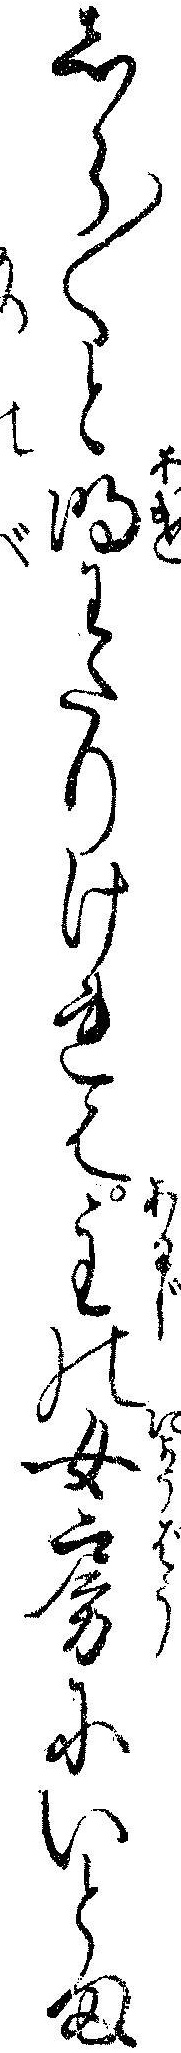
しら〱と明わたりけれは主の女房にいとま